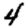
Digit: 4